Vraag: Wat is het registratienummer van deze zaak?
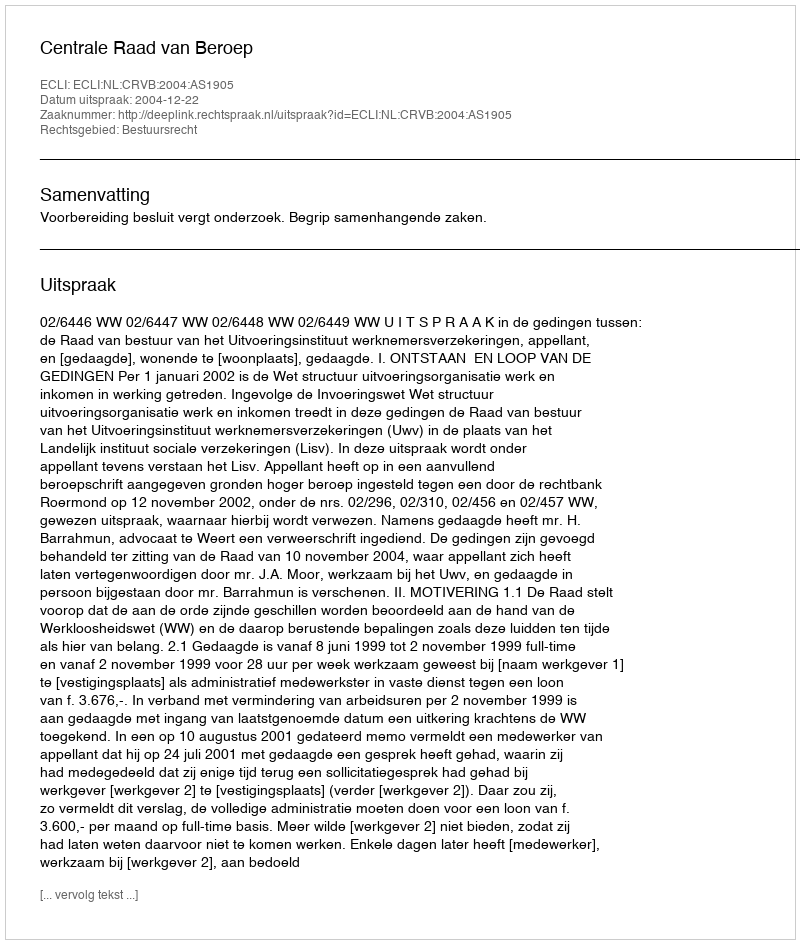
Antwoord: http://deeplink.rechtspraak.nl/uitspraak?id=ECLI:NL:CRVB:2004:AS1905